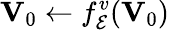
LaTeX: {\mathbf V}_{0}\leftarrow f_{\cal E}^{v}({\mathbf V}_{0})